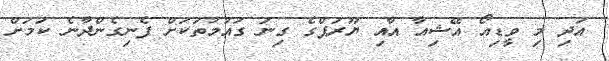
އަދި މި ވީޑިއޯ އޭޝިއާ އާއި ޔޫރަޕްގެ ގިނަ ގައުމުތަކަށް ފެނިގެންދާނެ ކަމަށް